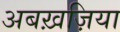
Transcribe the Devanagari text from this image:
अबख़ज़िया